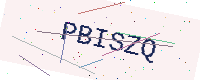
Text: PBISZQ